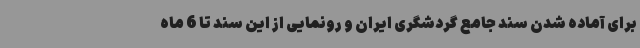
برای آماده شدن سند جامع گردشگری ایران و رونمایی از این سند تا 6 ماه